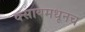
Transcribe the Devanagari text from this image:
क्सायमधूनच